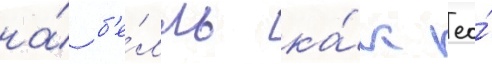
на́ б'е́лль ка́к ео́